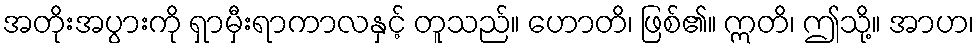
အတိုးအပွားကို ရှာမှီးရာကာလနှင့် တူသည်။ ဟောတိ၊ ဖြစ်၏။ ဣတိ၊ ဤသို့။ အာဟ၊